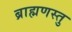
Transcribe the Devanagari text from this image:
ब्राह्मणस्तु